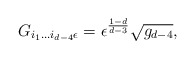
\begin{align*}G_{i_{1}...i_{d-4}\epsilon} = \epsilon^{\frac{1-d}{d-3}}\sqrt{g_{d-4}},\end{align*}